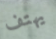
يهتف